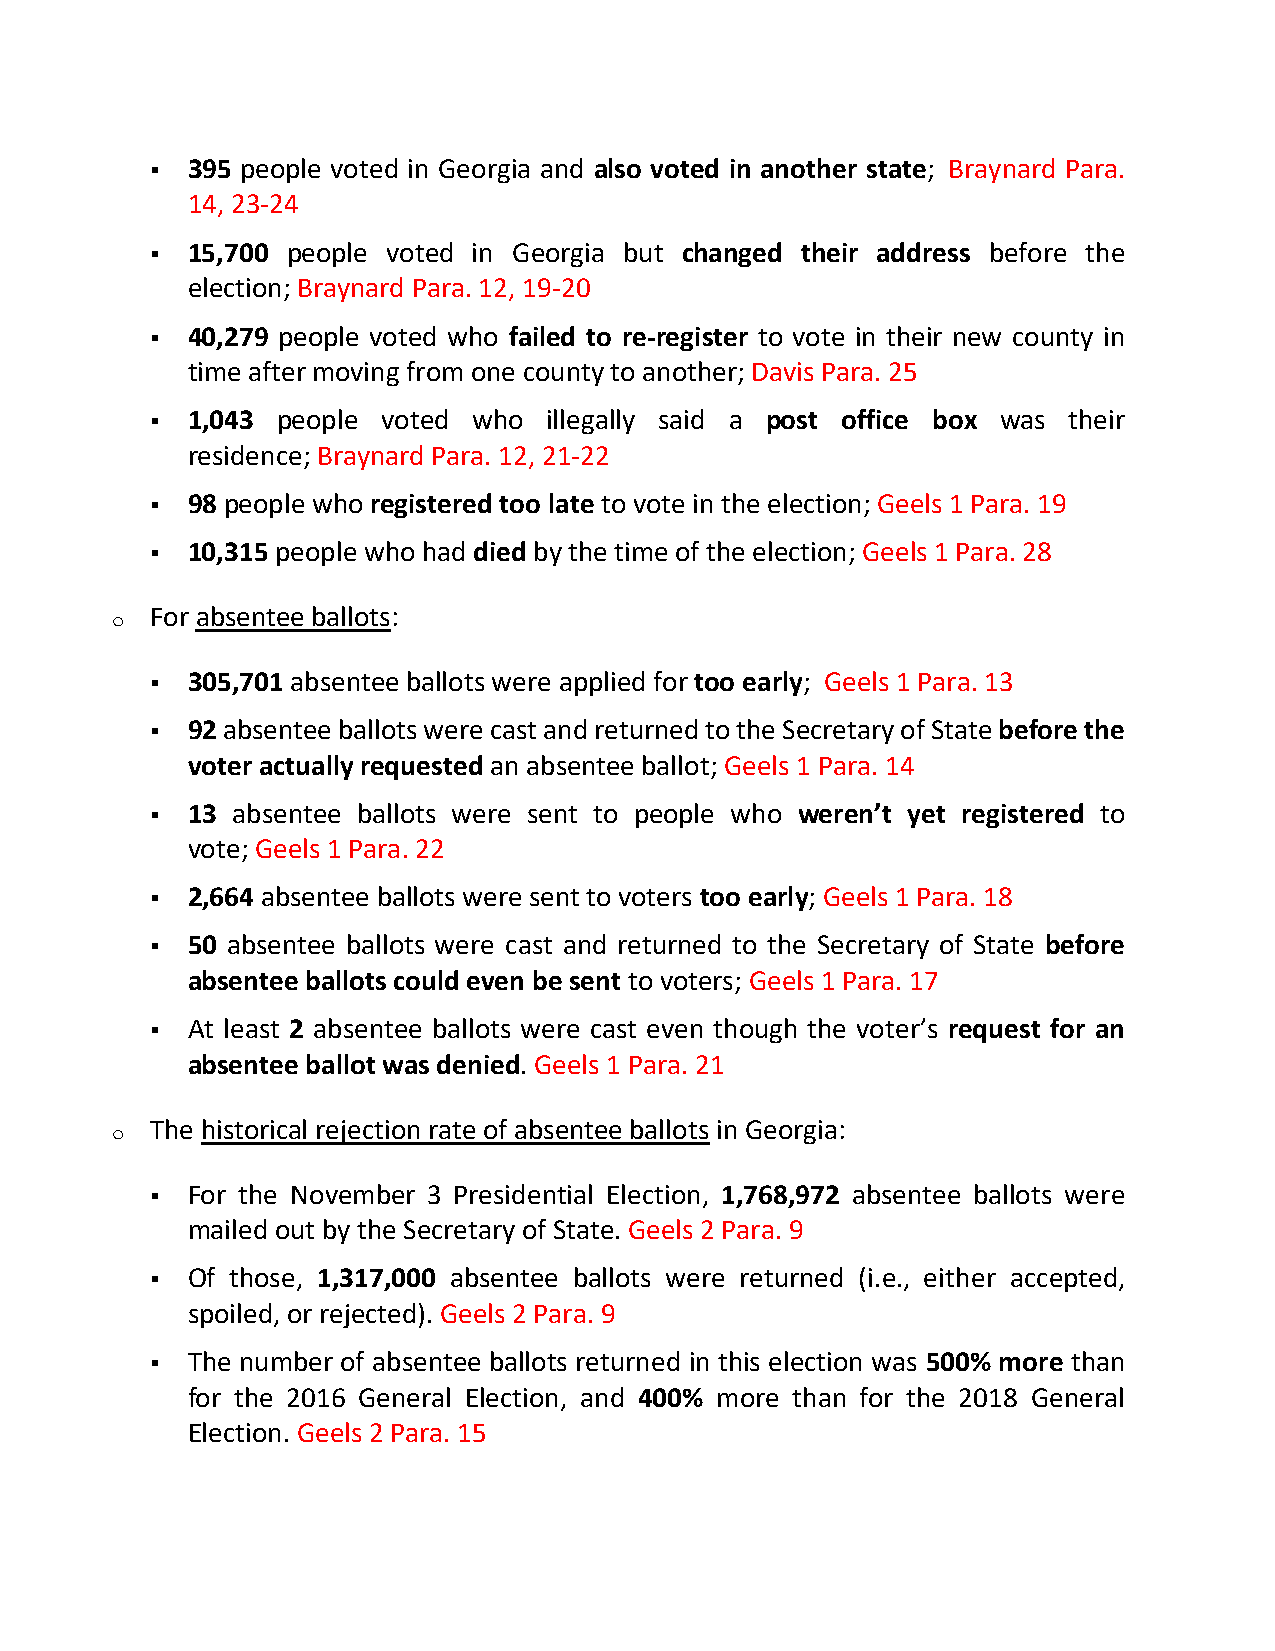
▪ 395 people voted in Georgia and also voted in another state; Braynard Para.
 14, 23-24
 ▪ 15,700 people voted in Georgia but changed their address before the
 election; Braynard Para. 12, 19-20
 ▪ 40,279 people voted who failed to re-register to vote in their new county in
 time after moving from one county to another; Davis Para. 25
 ▪ 1,043 people voted who  illegally said a post office box was their
 residence; Braynard Para. 12, 21-22
 ▪ 98 people who registered too late to vote in the election; Geels 1 Para. 19
 ▪ 10,315 people who had died by the time of the election; Geels 1 Para. 28
 o  For absentee ballots:
 ▪ 305,701 absentee ballots were applied for too early; Geels 1 Para. 13
 ▪ 92 absentee ballots were cast and returned to the Secretary of State before the
 voter actually requested an absentee ballot; Geels 1 Para. 14
 ▪ 13 absentee ballots were sent to people who weren’t yet registered to
 vote; Geels 1 Para. 22
 ▪ 2,664 absentee ballots were sent to voters too early; Geels 1 Para. 18
 ▪ 50 absentee ballots were cast and returned to the Secretary of State before
 absentee ballots could even be sent to voters; Geels 1 Para. 17
 ▪ At least 2 absentee ballots were cast even though the voter’s request for an
 absentee ballot was denied. Geels 1 Para. 21
 o  The historical rejection rate of absentee ballots in Georgia:
 ▪ For the November 3 Presidential Election, 1,768,972 absentee ballots were
 mailed out by the Secretary of State. Geels 2 Para. 9
 ▪ Of those, 1,317,000 absentee ballots were returned (i.e., either accepted,
 spoiled, or rejected). Geels 2 Para. 9
 ▪ The number of absentee ballots returned in this election was 500% more than
 for the 2016 General Election, and 400% more than for the 2018 General
 Election. Geels 2 Para. 15